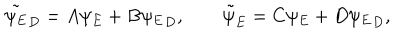
\tilde { \psi _ { E } } _ { D } = A \psi _ { E } + B { \psi _ { E } } _ { D } , \qquad { \tilde { \psi } } _ { E } = C \psi _ { E } + D { \psi _ { E } } _ { D } ,